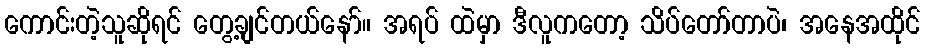
ကောင်းတဲ့သူဆိုရင် တွေ့ချင်တယ်နော်။ အရပ် ထဲမှာ ဒီလူကတော့ သိပ်တော်တာပဲ၊ အနေအထိုင်